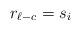
LaTeX: \begin{align*}r_{\ell-c} = s_i \end{align*}